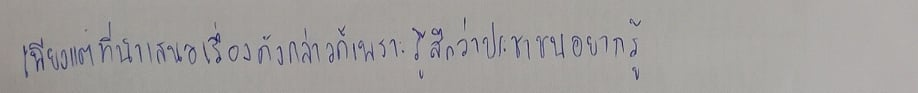
เพียงแต่ที่นำเสนอเรื่องดังกล่าวก็เพราะรู้สึกว่าประชาชนอยากรู้